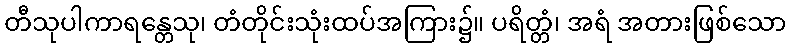
တီသုပါကာရန္တေသု၊ တံတိုင်းသုံးထပ်အကြား၌။ ပရိတ္တံ၊ အရံ အတားဖြစ်သော